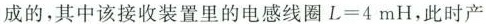
成的，其中该接收装置里的电感线圈$$L = 4 m H$$，此时